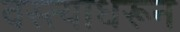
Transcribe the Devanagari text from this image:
वस्त्याधरून